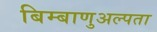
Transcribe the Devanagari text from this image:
बिम्बाणुअल्पता